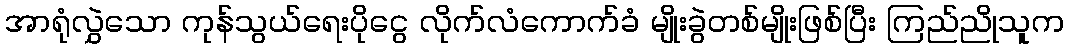
အာရုံလွှဲသော ကုန်သွယ်ရေးပိုငွေ လိုက်လံကောက်ခံ မျိုးခွဲတစ်မျိုးဖြစ်ပြီး ကြည်ညိုသူက